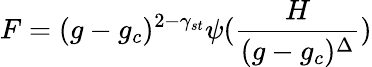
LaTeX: F=(g-g_{c})^{2-\gamma_{st}}\psi({\frac{H}{(g-g_{c})^{\Delta}}})